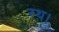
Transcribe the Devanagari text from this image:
रथ।